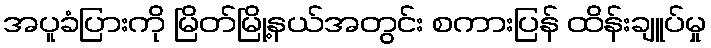
အပူခံပြားကို မြိတ်မြို့နယ်အတွင်း စကားပြန် ထိန်းချူပ်မှု